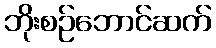
ဘိုးစဉ်ဘောင်ဆက်